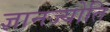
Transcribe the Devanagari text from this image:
ज्ञानज्योति